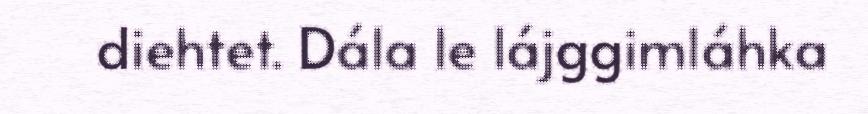
diehtet. Dála le lájggimláhka